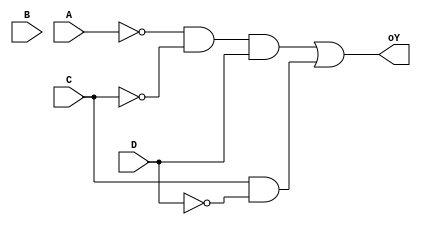
module digito_Y (
    input A, input B, input C, input D, output oY
);
    assign oY  = ~A & ~C & D | C & ~D;

endmodule